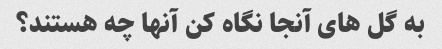
به گل های آنجا نگاه کن آنها چه هستند؟